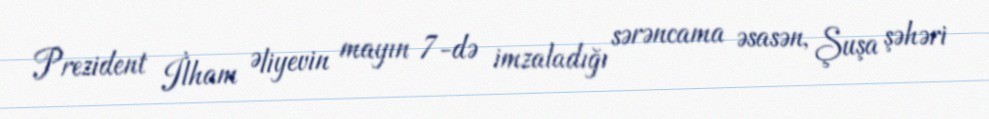
Prezident İlham Əliyevin mayın 7-də imzaladığı sərəncama əsasən, Şuşa şəhəri